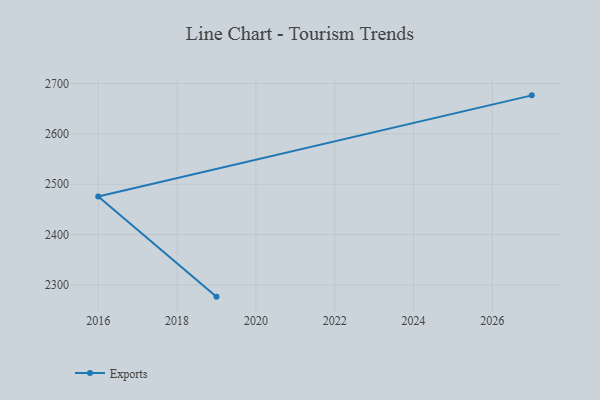
{"axis": {"x": "Year", "y": "Net Income (USD K)"}, "legend": ["Exports"], "data": [{"x": "2027", "y": 2676.6, "type": "Exports"}, {"x": "2016", "y": 2475.8, "type": "Exports"}, {"x": "2019", "y": 2276.7, "type": "Exports"}]}